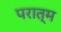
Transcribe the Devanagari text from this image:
परात्म